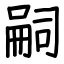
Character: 嗣